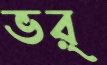
ভর্